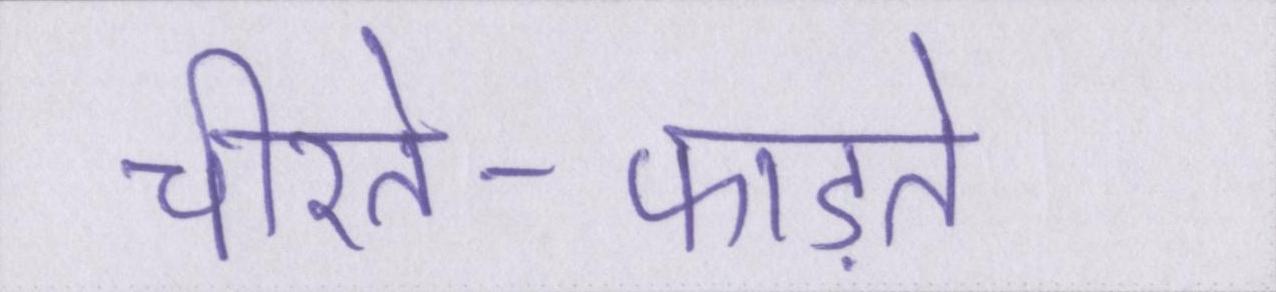
चीरते-फाड़ते